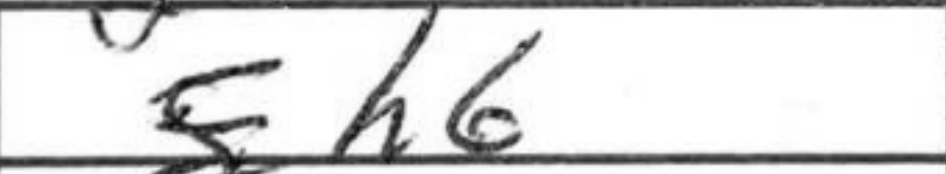
Transcription: h6